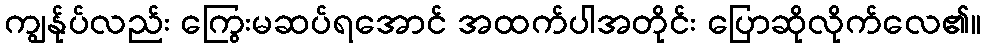
ကျွန်ုပ်လည်း ကြွေးမဆပ်ရအောင် အထက်ပါအတိုင်း ပြောဆိုလိုက်လေ၏။